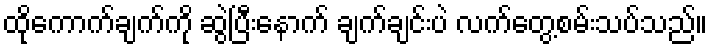
ထိုကောက်ချက်ကို ဆွဲပြီးနောက် ချက်ချင်းပဲ လက်တွေ့စမ်းသပ်သည်။